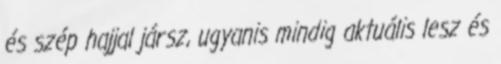
és szép hajjal jársz, ugyanis mindig aktuális lesz és